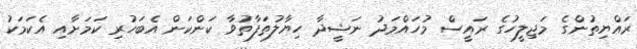
ރައްޔިތުންގެ މަޖިލީހުގެ ރައީސް މުހައްމަދު ނަޝީދާ ހިޔާލުތަފާތުވާ ކަންކަން އެބަހުރި ކަމަށާއި އެކަމަކު